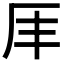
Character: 𠨵